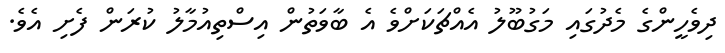
ދިވެހީންގެ މެދުގައި މަގުބޫލު އެއްޗަކަށްވެ އެ ބާވަތުން އިސްތިއުމާލު ކުރަން ފެށި އެވެ.